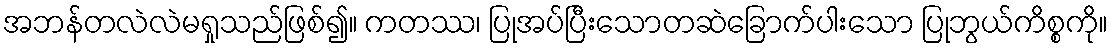
အဘန်တလဲလဲမရှုသည်ဖြစ်၍။ ကတဿ၊ ပြုအပ်ပြီးသောတဆဲခြောက်ပါးသော ပြုဘွယ်ကိစ္စကို။